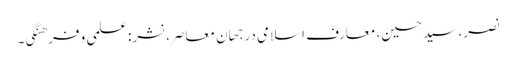
نصر، سید حسین، معارف اسلامی در جهان معاصر، نشر: علمی و فرهنگی۔